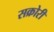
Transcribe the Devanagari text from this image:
सक्रोरी